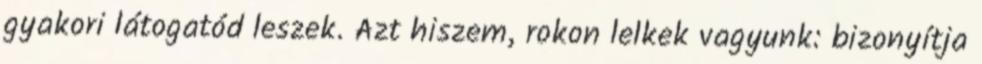
gyakori látogatód leszek. Azt hiszem, rokon lelkek vagyunk: bizonyítja